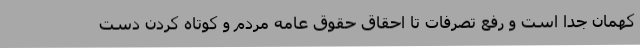
کهمان جدا است و رفع تصرفات تا احقاق حقوق عامه مردم و کوتاه کردن دست